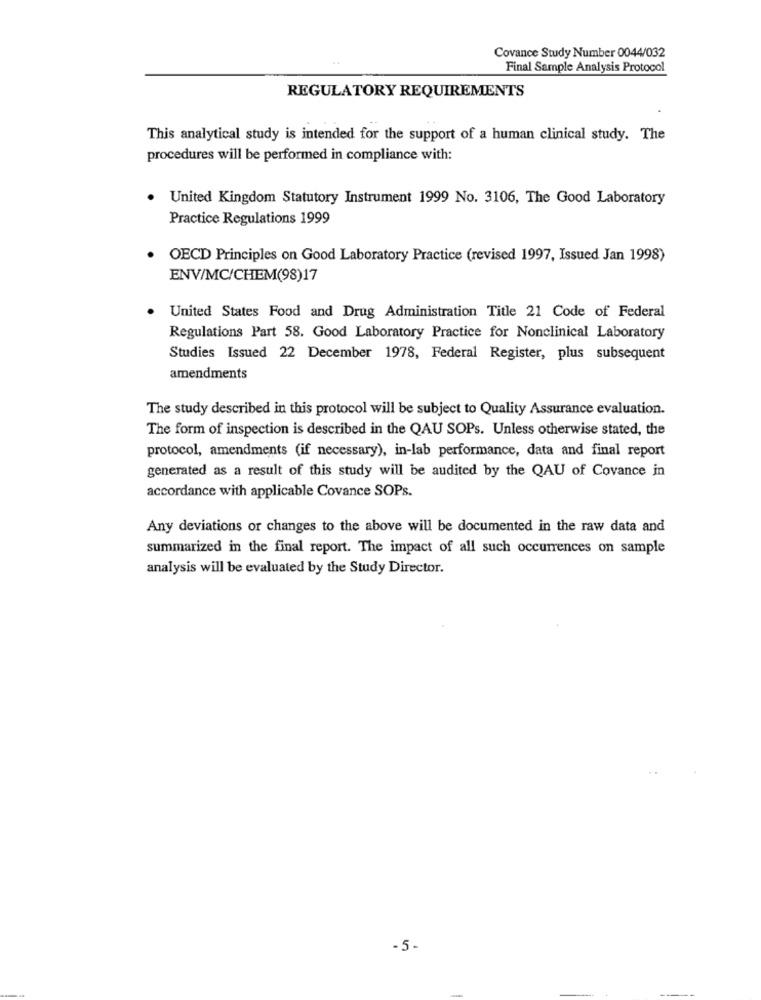
Covance Study Number 0044/032
Final Sample Analysis Protocol
REGULATORY REQUIREMENTS
This analytical study is intended for the support of a human clinical study. The
procedures will be performed in compliance with:
. United Kingdom Statutory Instrument 1999 No. 3106, The Good Laboratory
Practice Regulations 1999
OECD Principles on Good Laboratory Practice (revised 1997, Issued Jan 1998)
ENV/MC/CHEM(98)17
United States Food and Drug Administration Title 21 Code of Federal
Regulations Part 58. Good Laboratory Practice for Nonclinical Laboratory
Studies Issued 22 December 1978, Federal Register, plus subsequent
amendments
The study described in this protocol will be subject to Quality Assurance evaluation.
The form of inspection is described in the QAU SOPs. Unless otherwise stated, the
protocol, amendments (if necessary), in-lab performance, data and final report
generated as a result of this study will be audited by the QAU of Covance in
accordance with applicable Covance SOPs.
Any deviations or changes to the above will be documented in the raw data and
summarized in the final report. The impact of all such occurrences on sample
analysis will be evaluated by the Study Director.
-5 -